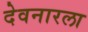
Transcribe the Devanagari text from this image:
देवनारला